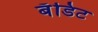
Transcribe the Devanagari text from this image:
बँडिट